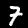
Label: 7